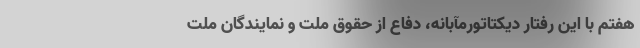
هفتم با این رفتار دیکتاتورمآبانه، دفاع از حقوق ملت و نمایندگان ملت